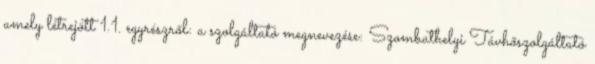
amely létrejött 1.1. egyrészről: a szolgáltató megnevezése: Szombathelyi Távhőszolgáltató